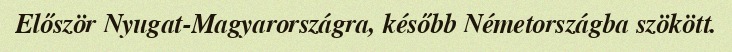
Először Nyugat-Magyarországra, később Németországba szökött.